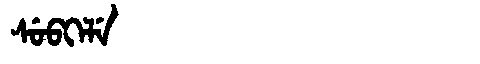
Manchu: ᠰᡠᠪᡴᡝᠯᡝ
Romanization: SUBKELE